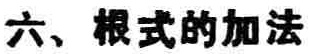
六、根式的加法